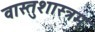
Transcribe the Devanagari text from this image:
वास्तुशास्त्रम्‌